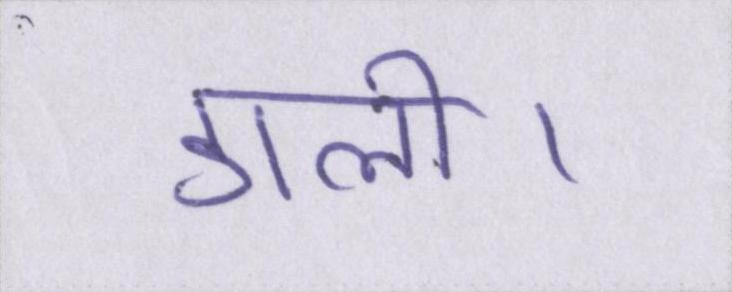
डाली।